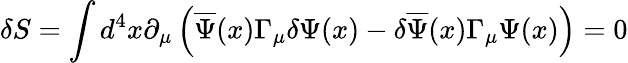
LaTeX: \delta S=\int d^{4}x\partial_{\mu}\left(\overline{{{\Psi}}}(x)\Gamma_{\mu}\delta\Psi(x)-\delta\overline{{{\Psi}}}(x)\Gamma_{\mu}\Psi(x)\right)=0